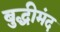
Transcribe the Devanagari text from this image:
बुद्धीमंद